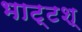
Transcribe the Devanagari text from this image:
भाट्टश्